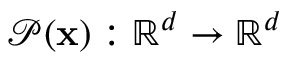
\mathcal { P } ( \mathbf { x } ) : \mathbb { R } ^ { d } \to \mathbb { R } ^ { d }